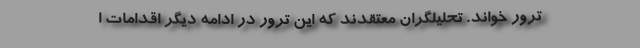
ترور خواند. تحلیلگران معتقدند که این ترور در ادامه دیگر اقدامات ا